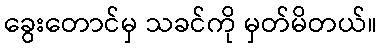
ခွေးတောင်မှ သခင်ကို မှတ်မိတယ်။